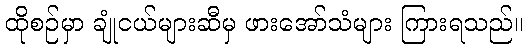
ထိုစဉ်မှာ ချုံငယ်များဆီမှ ဖားအော်သံများ ကြားရသည်။